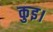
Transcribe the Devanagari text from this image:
कुइ।